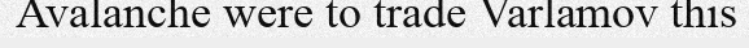
Avalanche were to trade Varlamov this